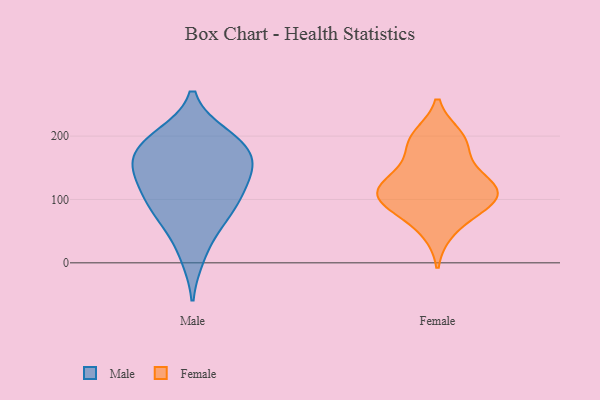
{"axis": {"x": "Production Output", "y": "Value"}, "legend": ["Female", "Male"], "data": [{"x": "", "y": 197, "type": "Male"}, {"x": "", "y": 174, "type": "Male"}, {"x": "", "y": 161, "type": "Male"}, {"x": "", "y": 200, "type": "Male"}, {"x": "", "y": 11, "type": "Male"}, {"x": "", "y": 189, "type": "Male"}, {"x": "", "y": 155, "type": "Male"}, {"x": "", "y": 136, "type": "Male"}, {"x": "", "y": 70, "type": "Male"}, {"x": "", "y": 149, "type": "Male"}, {"x": "", "y": 63, "type": "Male"}, {"x": "", "y": 106, "type": "Male"}, {"x": "", "y": 112, "type": "Male"}, {"x": "", "y": 95, "type": "Male"}, {"x": "", "y": 111, "type": "Female"}, {"x": "", "y": 189, "type": "Female"}, {"x": "", "y": 109, "type": "Female"}, {"x": "", "y": 85, "type": "Female"}, {"x": "", "y": 117, "type": "Female"}, {"x": "", "y": 96, "type": "Female"}, {"x": "", "y": 189, "type": "Female"}, {"x": "", "y": 99, "type": "Female"}, {"x": "", "y": 138, "type": "Female"}, {"x": "", "y": 51, "type": "Female"}, {"x": "", "y": 135, "type": "Female"}, {"x": "", "y": 199, "type": "Female"}]}